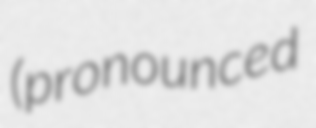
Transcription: (pronounced